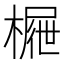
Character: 𣙝